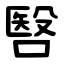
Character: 㗨